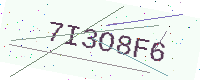
Text: 7I3O8F6